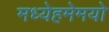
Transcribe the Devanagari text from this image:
मध्येहमेमयो